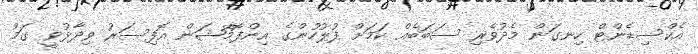
އެކްސިޑެންޓް ހިނގަން މެދުވެރި ސަބަބެއް ކަމަށް ފުލުހުންގެ އިންފޮމޭޝަން އޮފިސަރު ވިދާޅުވީ ގަމު